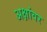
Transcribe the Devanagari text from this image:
अक्षांवर